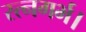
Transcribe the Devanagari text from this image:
रत्नगर्भ।